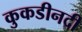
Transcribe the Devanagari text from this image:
कुकडीनदी